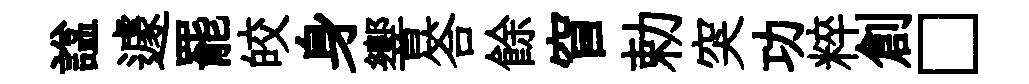
諡遽罷皎身響答餘窅勅突功粹創□